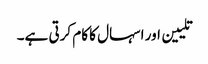
تلیین اور اسہال کا کام کرتی ہے۔